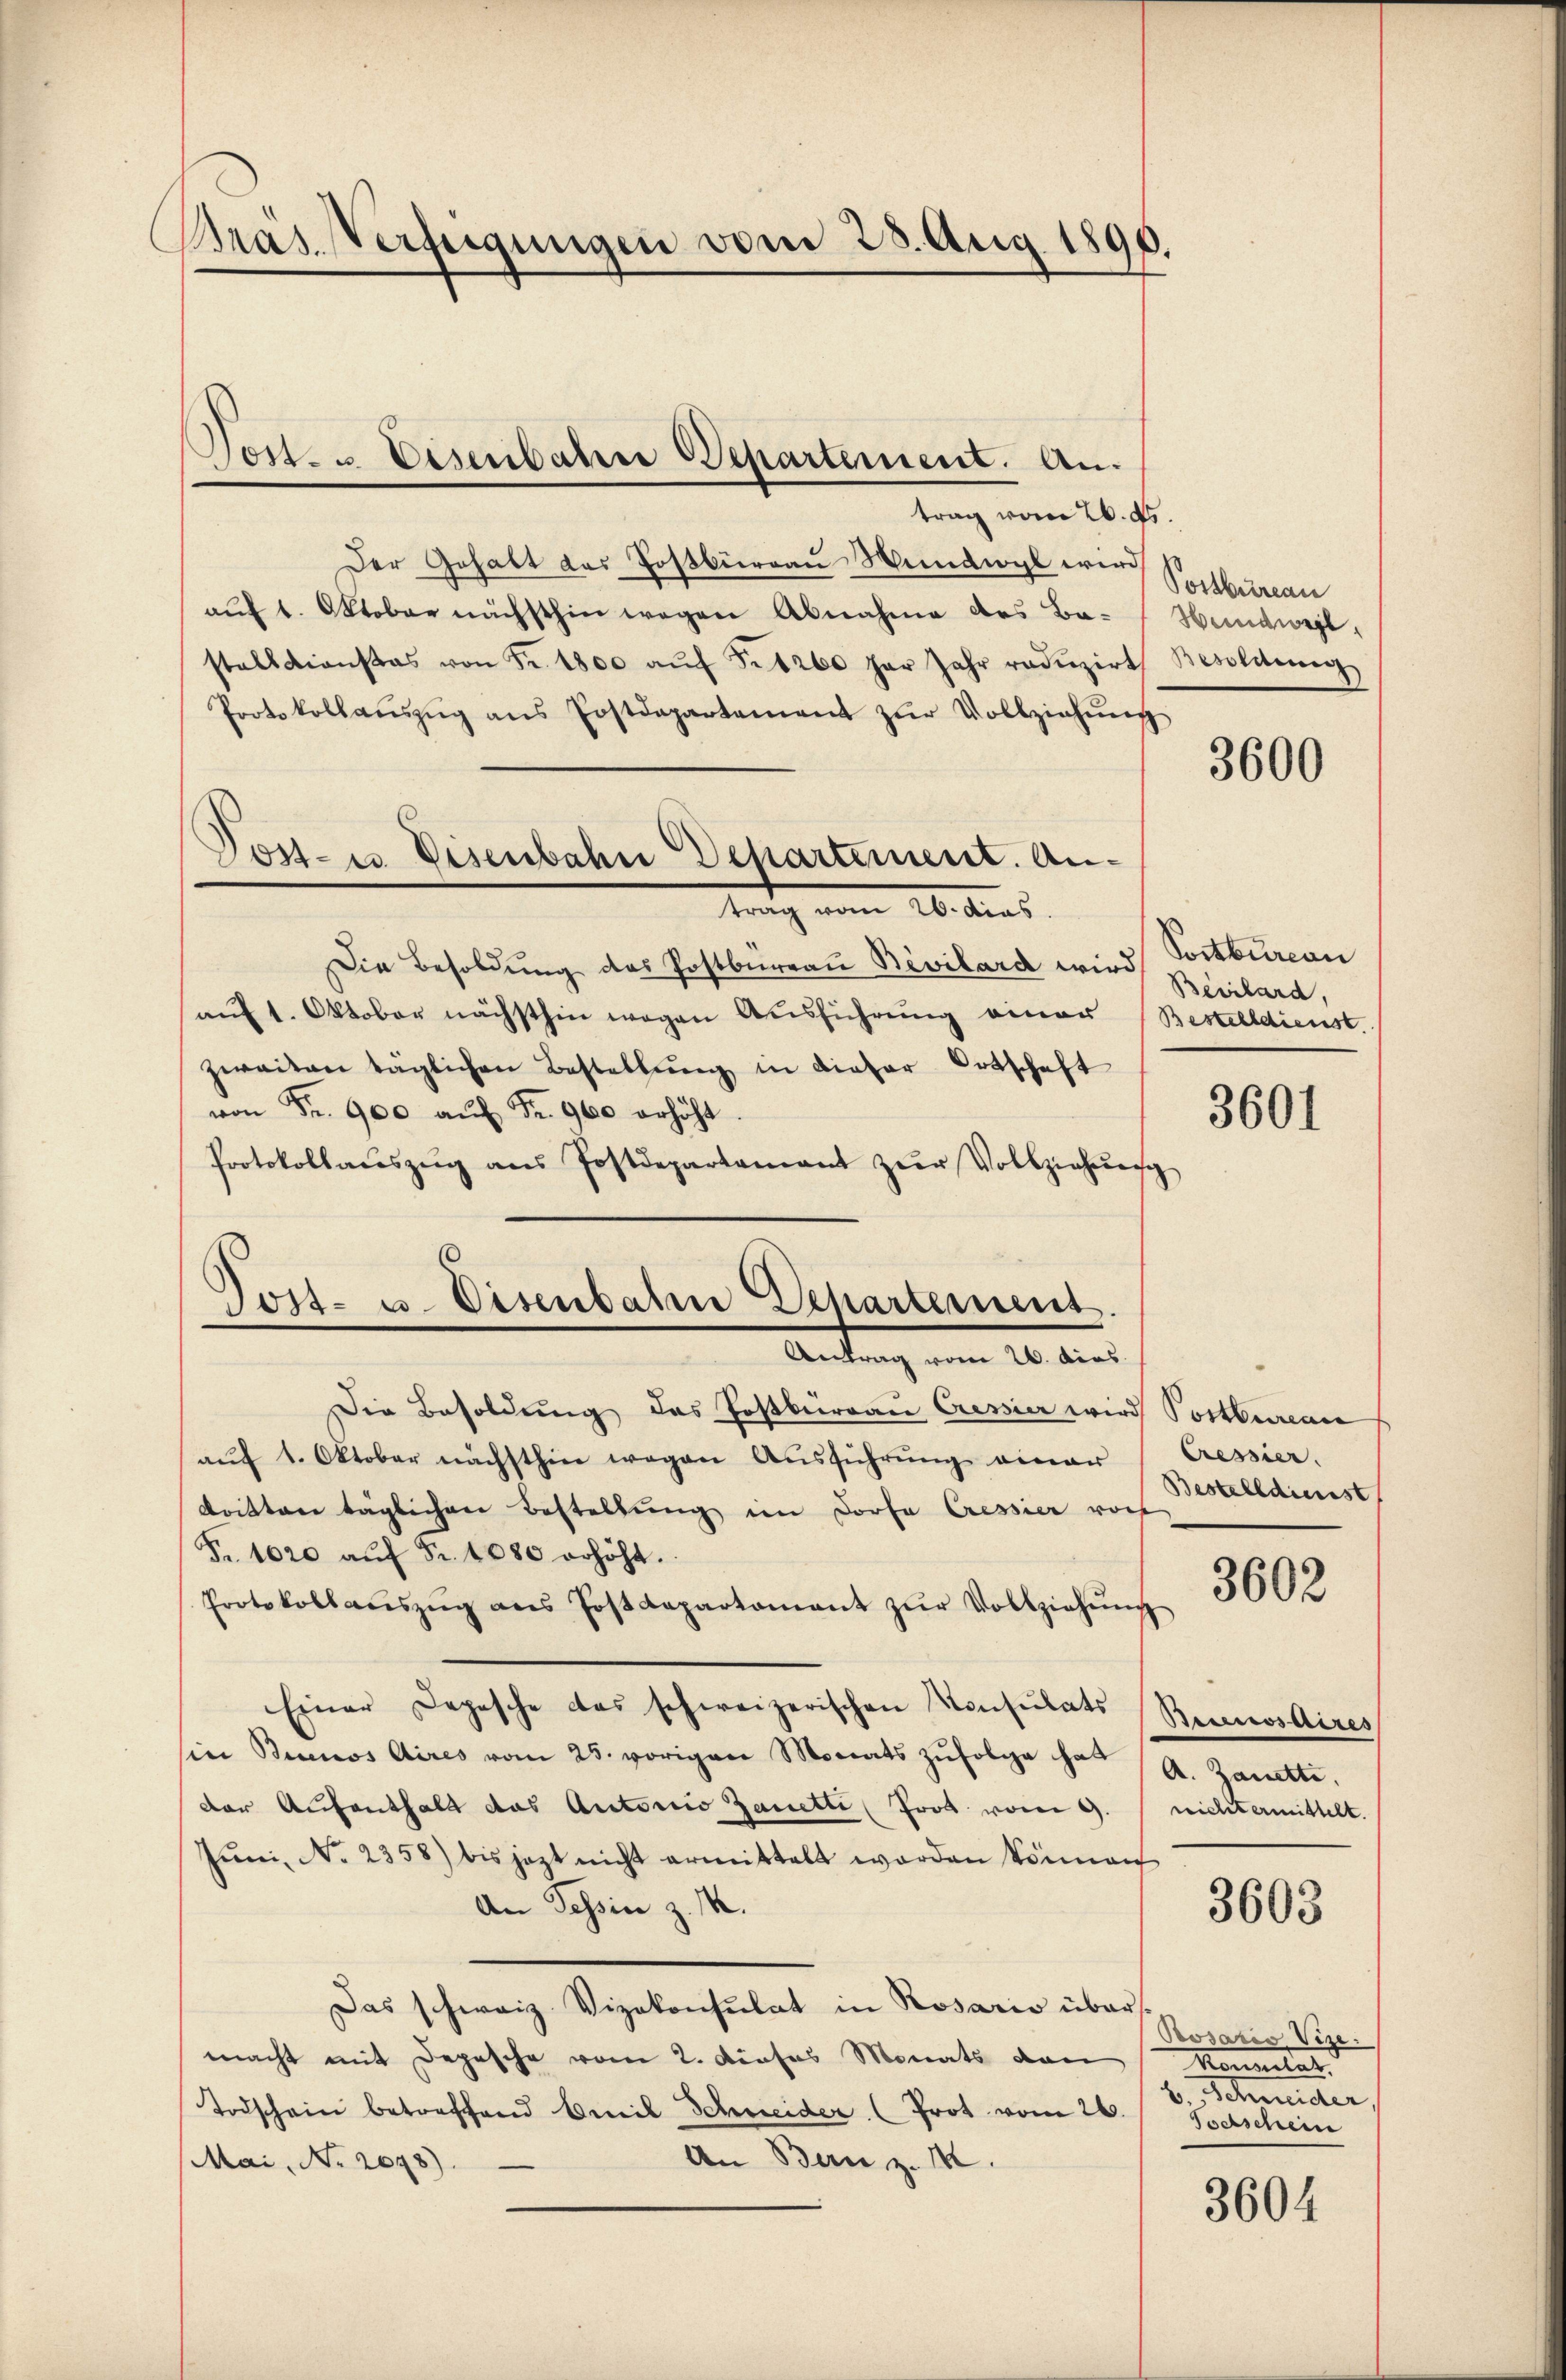
Präs. Verfügungen vom 28. Aug. 1890.
f

Post- & Eisenbahne Departement. An¬

trag vom 26. ds.
Der Gehalt des Postbüreau Mundwyl wird
aŭf 1. Oktober nächsthin wegen Abnahme des Ba- Handwegt,
stalldienstes von Fr. 1800 aŭf Fr. 1260 par Jahr redŭzirt Besoldung
Protokollaŭszŭg ans Postdepartement zŭr Vollziehŭng
Post- u. Eisenbahn Departement. Antrag vom 26. Aus
Die Besoldung des Postbüreau Bevilard wird Vortbureau
aŭf 1. Oktober nächsthin wegen Aŭsführung einer Bestelldienst.
zwaiten täglichen Bestellŭng in dieser Ortschaft
von Fr. 900 aŭf Fr. 900 erhöht.
Protokollaŭszŭg ans Postdepartamant zŭr Vollziehŭng

Post- u. Eisenbahn Departement.
Antrag vom 26. dies

Die Besoldung des Postbureau Cressier wird Postbureau
aŭf 1. Oktober nächsthin wegen Aŭsführŭng einer
Dritten täglichen Bestellung im Dorfe Cressier vor
Fr. 1020 aŭf Fr. 1080 erhöht.
Protokollaŭszŭg ans Postdepartament zŭr Vollziehŭng
Einer Depesche das schweizerischen Konsulats (Beunosaires
sier Brunos Aires vom 25. vorigen Monats zŭfolge hat (A. Zanette.
der Aufenthalt das Autorio Zanetti (Frot vom 9. / nichtermittelt.
Jŭni No 2358) bis jezt nicht ermittelt worden können
An Tessin z. 14.
Das schweiz. Vizekonsulat in Rosario übermacht mit Depesche vom 2. Dieses Monats von
Todschein betreffend Emil Schneider (Prot vom 26.
An Bern z. M.
Mai, No. 2048)

Postbureau

3600

Beiilard,

3601

Cressier.
Bestelldienst

3602

3603

Prosario Vize.
Mommler
b. Schneider
Sochschein

3604